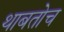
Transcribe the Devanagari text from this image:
थाबतोच